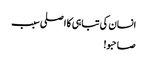
انسان کی تباہی کا اصلی سبب
صاحبو!